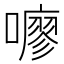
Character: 𫬏